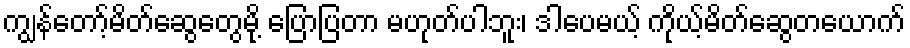
ကျွန်တော့်မိတ်ဆွေတွေမို့ ပြောပြတာ မဟုတ်ပါဘူး၊ ဒါပေမယ့် ကိုယ့်မိတ်ဆွေတယောက်